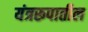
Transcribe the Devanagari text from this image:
यंत्ररूपातील